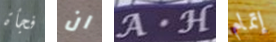
فجأة ان A.H إتمام